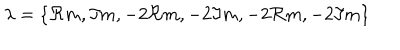
LaTeX: \lambda = \{ \Re m , \Im m , - 2 \Re m , - 2 \Im m , - 2 \Re m , - 2 \Im m \}